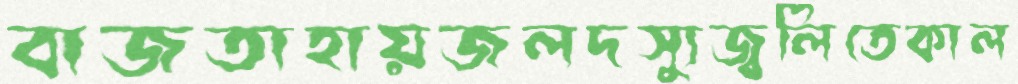
বাজতাহায়জলদস্যুজ্বলিতেকাল